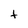
Character: t